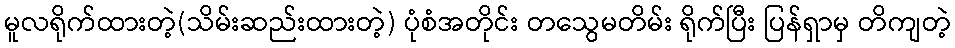
မူလရိုက်ထားတဲ့(သိမ်းဆည်းထားတဲ့) ပုံစံအတိုင်း တသွေမတိမ်း ရိုက်ပြီး ပြန်ရှာမှ တိကျတဲ့